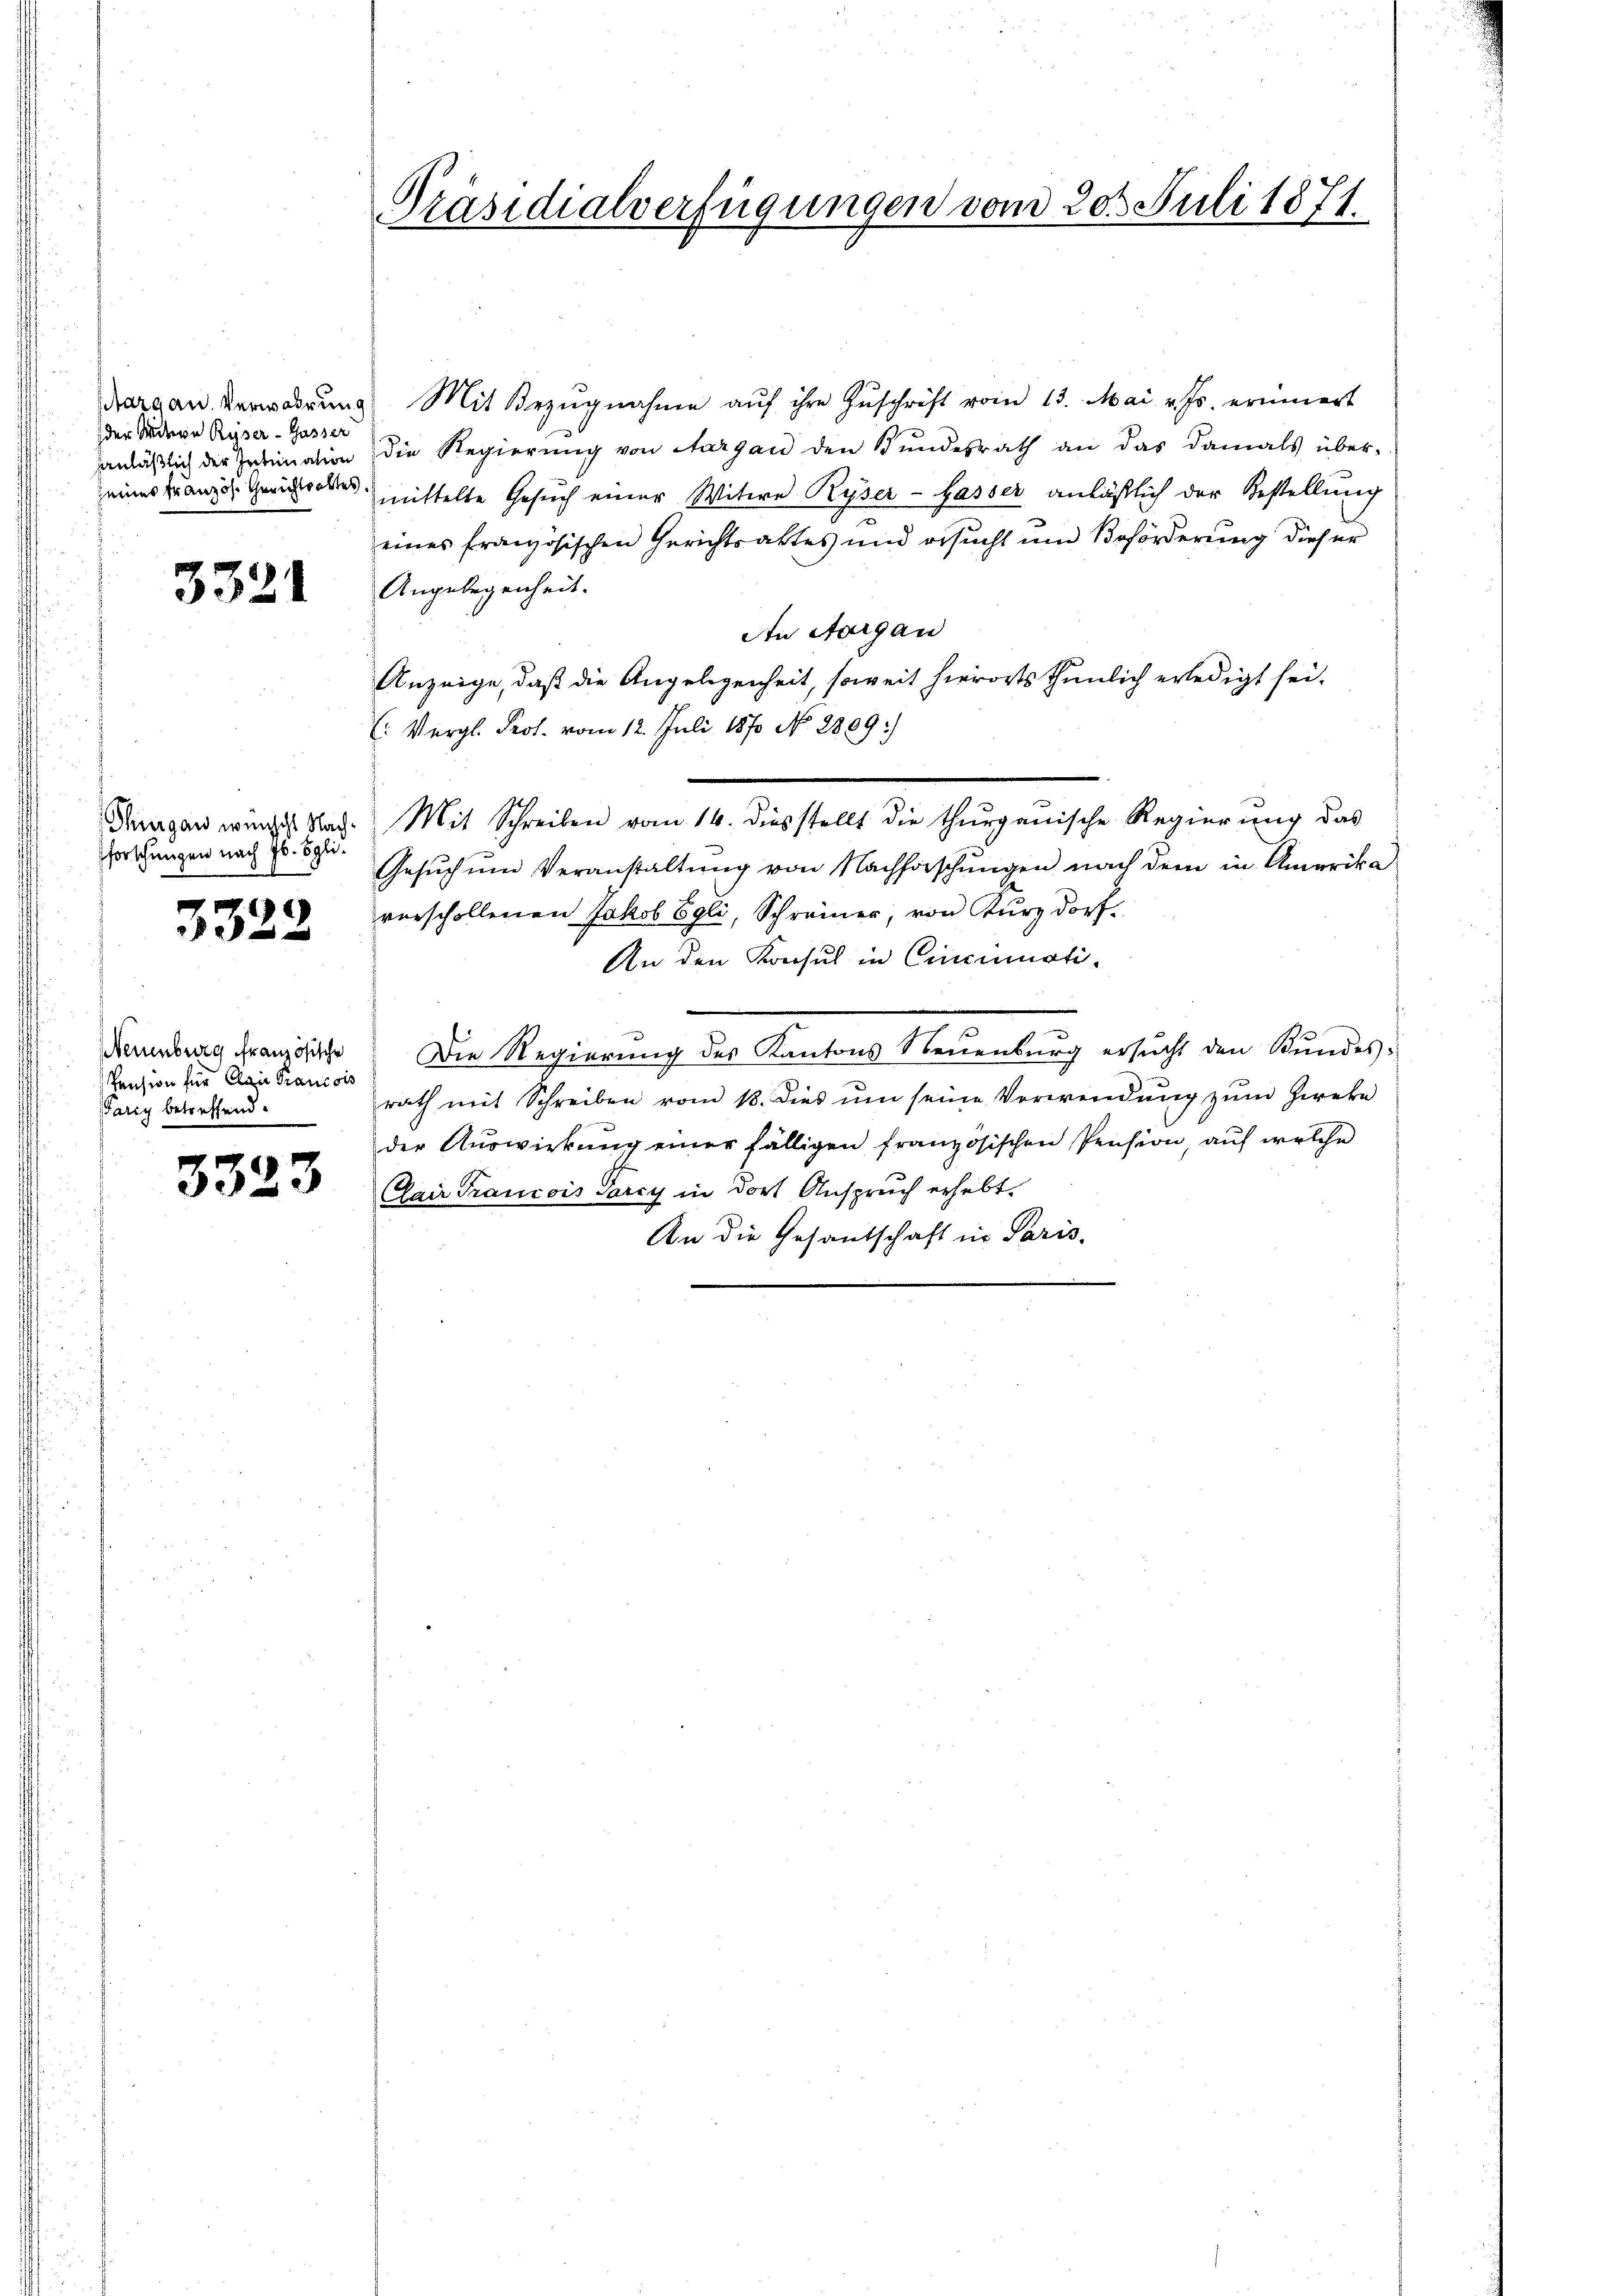
Margau. Verwahrung
der Mitron Ryser - Gasser
hanläßlich der Intimation
seines Französ. Gerichtsaktes

3321

Thurgau wünscht Nachforschungen nach Jb. Egli¬

3323

Neuenburg französische
Pension für Clair Francois
Parry betreffend.

3323

Präsidialverfügungen vom 20. Juli 1871

Mit Bezŭgnahme aŭf ihre Zŭschrift vom 13. Mai v. Js. erinnert
die Regierŭng von Aargau den Bŭndesrath an das damals über-
mittelte Gesŭch einer Witwe Ryser-Hasser anläßlich der Bestellung
eines französischen Gerichtsaktes und ersucht und Beförderung dieser
Angelegenheit.
An Aargau
Anzeige, daß die Angelegenheit, soweit hierorts thunlich erledigt sei.
: Vergl. Prot. vom 12. Juli 1870 No. 2889/
Gesuch um Veranstaltung von Nachforschungen nach dem in Amerika
verschollenen Jakob Egli, Schreiner, von Kurzdorf.
An den Konsul in Cincinati¬
Die Regierung des Kantons Neuenburg ersucht den Kundesrath mit Schreiben vom 18. dies um seine Verwendung zum Zweke
der Aŭswirkŭng einer fälligen französischen Pension, auf welche
(Cair Francois Tarcy in dort Anspruch erhebt.
An die Gesantschaft in Paris.

Mit Schreiben vom 14. diesstellt die thurgauische Regierung das